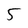
Character: 5